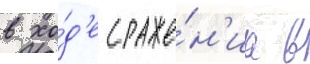
в хо́д'е сраже́н'иа в